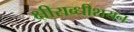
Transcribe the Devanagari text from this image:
क्षीराब्धीशयन